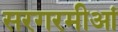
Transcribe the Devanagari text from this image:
सरगरमीआं